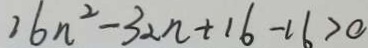
2 6 n ^ { 2 } - 3 2 n + 1 6 - 1 6 > 0